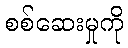
စစ်ဆေးမှုကို